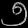
Digit: ၅